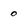
Character: 0